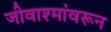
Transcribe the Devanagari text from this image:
जीवाश्मांवरून